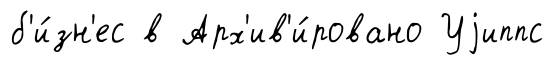
б'и́зн'ес в Арх'ив'и́ровано Уjиппс